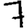
Digit: 7